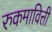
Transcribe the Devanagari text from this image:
रुकमावित्ती